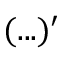
( . . . ) ^ { \prime }